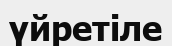
үйретіле